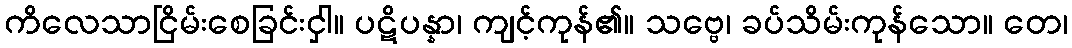
ကိလေသာငြိမ်းစေခြင်းငှါ။ ပဋိပန္နာ၊ ကျင့်ကုန်၏။ သဗ္ဗေ၊ ခပ်သိမ်းကုန်သော။ တေ၊